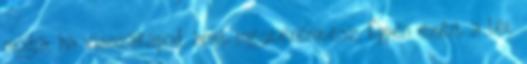
módja, ha visszakapod, amit megteremtesz. Éppen ezért a lét